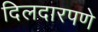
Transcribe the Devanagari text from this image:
दिलदारपणे